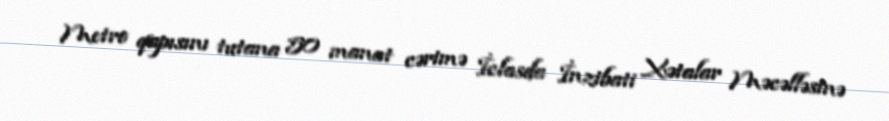
Metro qapısını tutana 50 manat cərimə İclasda İnzibati Xətalar Məcəlləsinə